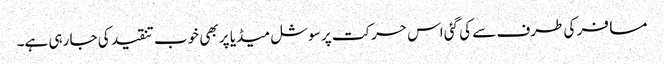
مسافر کی طرف سے کی گئی اس حرکت پر سوشل میڈیا پر بھی خوب تنقید کی جا رہی ہے۔